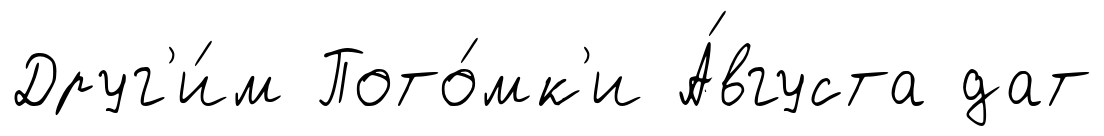
Друг'и́м Пото́мк'и А́вгуста дат